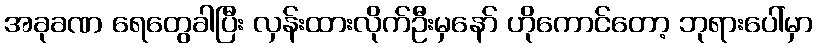
အခုခဏ ရေတွေခါပြီး လှန်းထားလိုက်ဦးမှနော် ဟိုကောင်တော့ ဘုရားပေါ်မှာ